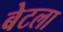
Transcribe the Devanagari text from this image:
बेटला